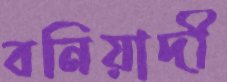
বনিয়াদী